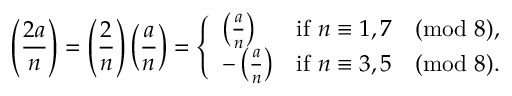
\left( { \frac { 2 a } { n } } \right) = \left( { \frac { 2 } { n } } \right) \left( { \frac { a } { n } } \right) = { \left\{ \begin{array} { l l } { \left( { \frac { a } { n } } \right) } & { { \mathrm { i f ~ } } n \equiv 1 , 7 { \pmod { 8 } } , } \\ { { - \left( { \frac { a } { n } } \right) } } & { { \mathrm { i f ~ } } n \equiv 3 , 5 { \pmod { 8 } } . } \end{array} \right. }